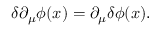
\delta \partial _ { \mu } \phi ( x ) = \partial _ { \mu } \delta \phi ( x ) .